Punjab Mental Hospital Lahore 1922-31 - 1922-1931
Year: 1922
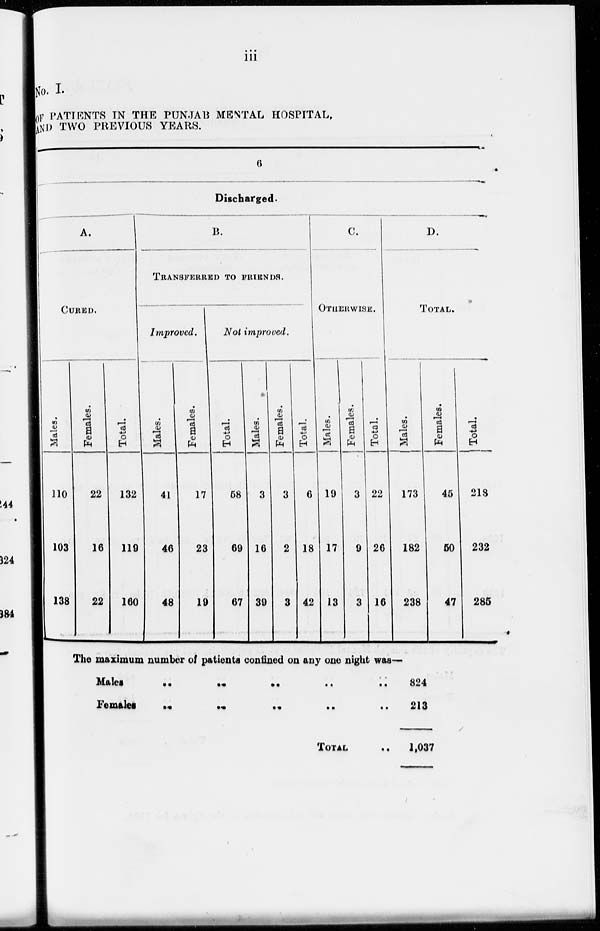
iii
No. I.
OF PATIENTS IN THE PUNJAB MENTAL HOSPITAL,
AND TWO PREVIOUS YEARS.
6
Discharged.
A.
CURED.
Males.
110
103
138
Females.
22
16
22
Total.
132
119
160
B.
TRANSFERRED TO FRIENDS.
Improved.
Males.
41
46
48
Females.
17
23
19
Not improved.
Total.
58
69
67
Males.
3
16
39
Females.
3
2
3
Total.
6
18
42
C.
OTHERWISE.
Males.
19
17
13
Females.
3
9
3
Total.
22
26
16
D.
TOTAL.
Males.
173
182
238
Females.
45
50
47
Total.
218
232
285
The maximum number of patients confined on any one night was—
Males ... ... ... ... ...
Females ... ... ... ... ...
TOTAL
...
824
213
1,037